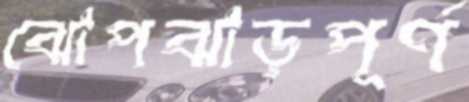
ঝোপঝাড়পূর্ণ